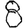
Digit: 8